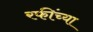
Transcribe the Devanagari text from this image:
रफींच्या